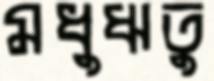
মধুঋতু